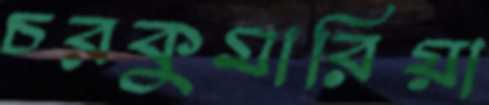
চরকুমারিয়া